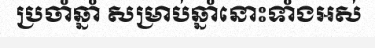
ប្រចាំឆ្នាំ សម្រាប់ឆ្នាំនោះទាំងអស់